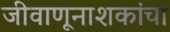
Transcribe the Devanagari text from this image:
जीवाणूनाशकांचा